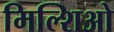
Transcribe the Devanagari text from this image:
मिल्शिओ